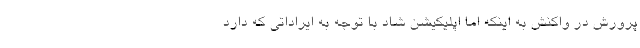
پرورش در واکنش به اینکه اما اپلیکیشن شاد با توجه به ایراداتی که دارد